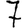
Digit: 7